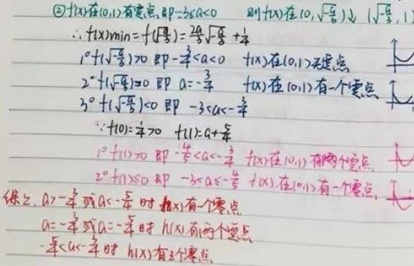
\textcircled{2}\(f(x)\) 在 \((0,1)\) 有零点，即 \(f(a)=0\)，则 \(f(x)\) 在 \(\left(0,\frac{\sqrt{3}}{3}\right)\)，\(\left(\frac{\sqrt{3}}{3},1\right)\) 。
\(\therefore f(x)_{\min}=f\left(\frac{\sqrt{3}}{3}\right)=\frac{a}{3}+\frac{\sqrt{3}}{3}a - \frac{1}{3}\)。

\(1^{\circ}\) 当 \(f\left(\frac{\sqrt{3}}{3}\right)>0\) 即 \(-\frac{1}{3}<a<0\)，\(f(x)\) 在 \((0,1)\) 无零点。

\(2^{\circ}\) 当 \(f\left(\frac{\sqrt{3}}{3}\right)=0\) 即 \(a = -\frac{1}{\sqrt{3}}\)，\(f(x)\) 在 \((0,1)\) 有一个零点。

\(3^{\circ}\) 当 \(f\left(\frac{\sqrt{3}}{3}\right)<0\) 即 \(-\sqrt{3}<a<-\frac{1}{\sqrt{3}}\)。
\(\because f(0)=\frac{a}{3}>0\)，\(f(1)=a + \frac{1}{3}\)。

\(1^{\circ}\) 当 \(f(1)\geqslant0\) 即 \(-\frac{1}{3}\leqslant a<-\frac{1}{\sqrt{3}}\)，\(f(x)\) 在 \((0,1)\) 有两个零点。

\(2^{\circ}\) 当 \(f(1)<0\) 即 \(-\sqrt{3}<a<-\frac{1}{3}\)，\(f(x)\) 在 \((0,1)\) 有一个零点。

综上，当 \(a = -\frac{1}{\sqrt{3}}\) 或 \(a<-\frac{1}{3}\) 时，\(f(x)\) 有一个零点；当 \(a = -\frac{1}{\sqrt{3}}\) 或 \(a = -\frac{1}{3}\) 时，\(f(x)\) 有两个零点；当 \(-\frac{1}{3}<a<-\frac{1}{\sqrt{3}}\) 时，\(f(x)\) 有三个零点。